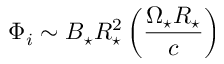
\Phi _ { i } \sim B _ { \star } R _ { \star } ^ { 2 } \left( \frac { \Omega _ { \star } R _ { \star } } { c } \right)